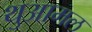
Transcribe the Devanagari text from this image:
थुआमल